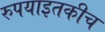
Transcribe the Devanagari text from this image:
रुपयाइतकीच